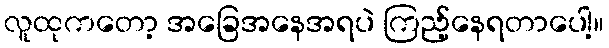
လူထုကတော့ အခြေအနေအရပဲ ကြည့်နေရတာပေါ့။